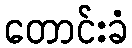
တောင်းခံ